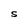
Character: S